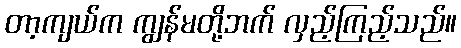
တာ့ကျယ်က ကျွန်မတို့ဘက် လှည့်ကြည့်သည်။